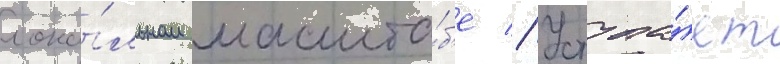
лока́льном масшта́б'е // Уступа́ет